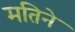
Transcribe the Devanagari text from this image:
मतिने